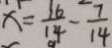
x = \frac { 1 6 } { 1 4 } - \frac { 7 } { 1 4 }